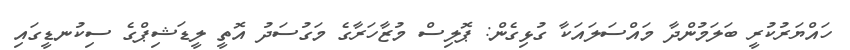
ހައްޔަރުކުރީ ބަލަމުންދާ މައްސަލައަކާ ގުޅިގެން: ޕޮލިސް މުޒާހަރާގެ މަގުސަދު އޮތީ ލީޑަޝިޕްގެ ސިކުނޑީގައި